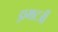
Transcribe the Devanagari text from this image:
ड्रामाटर्जी